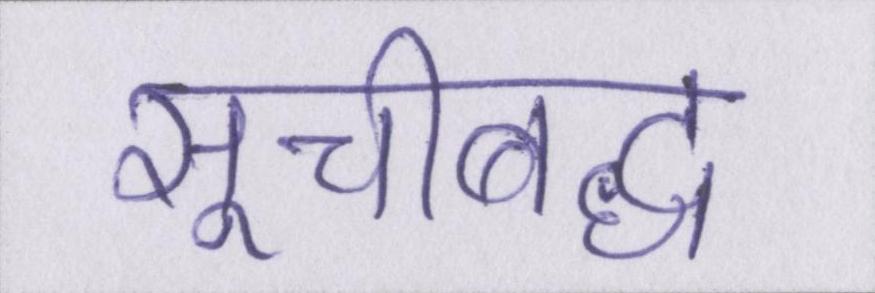
सूचीबद्ध